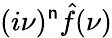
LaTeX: (i\nu)^{\mathsf{n}}{\hat{{f}}}(\nu)